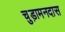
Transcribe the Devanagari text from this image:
चुड़ामनदास